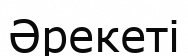
Әрекеті